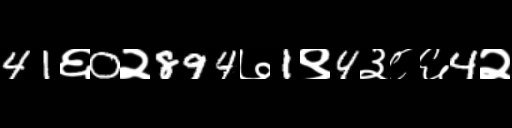
Text: 41६0२894७1९4३८६4२